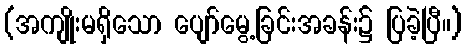
(အကျိုးမရှိသော ပျော်မွေ့ခြင်းအခန်း၌ ပြခဲ့ပြီ။)